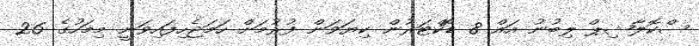
ސްކޮލާޝިޕް ލިބުނު އައް 8 ޑޮކްޓަރުން ކިޔަވަން ފުރުމަށް ހަމަޖެހިފައިވަނީ މިމަހުގެ 26